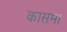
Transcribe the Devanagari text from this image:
कासमा